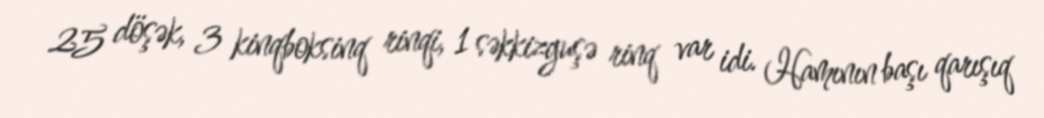
25 döşək, 3 kinqboksinq rinqi, 1 səkkizguşə rinq var idi. Hamının başı qarışıq